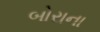
બોરાના